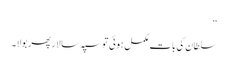
‘‘
سلطان کی بات مکمل ہوئی تو سپہ سالار پھر بولا۔